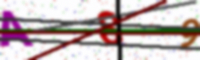
Text: AS9